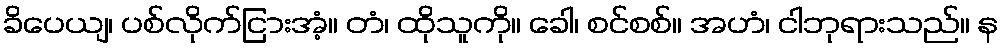
ခိပေယျ၊ ပစ်လိုက်ငြားအံ့။ တံ၊ ထိုသူကို။ ခေါ၊ စင်စစ်။ အဟံ၊ ငါဘုရားသည်။ န